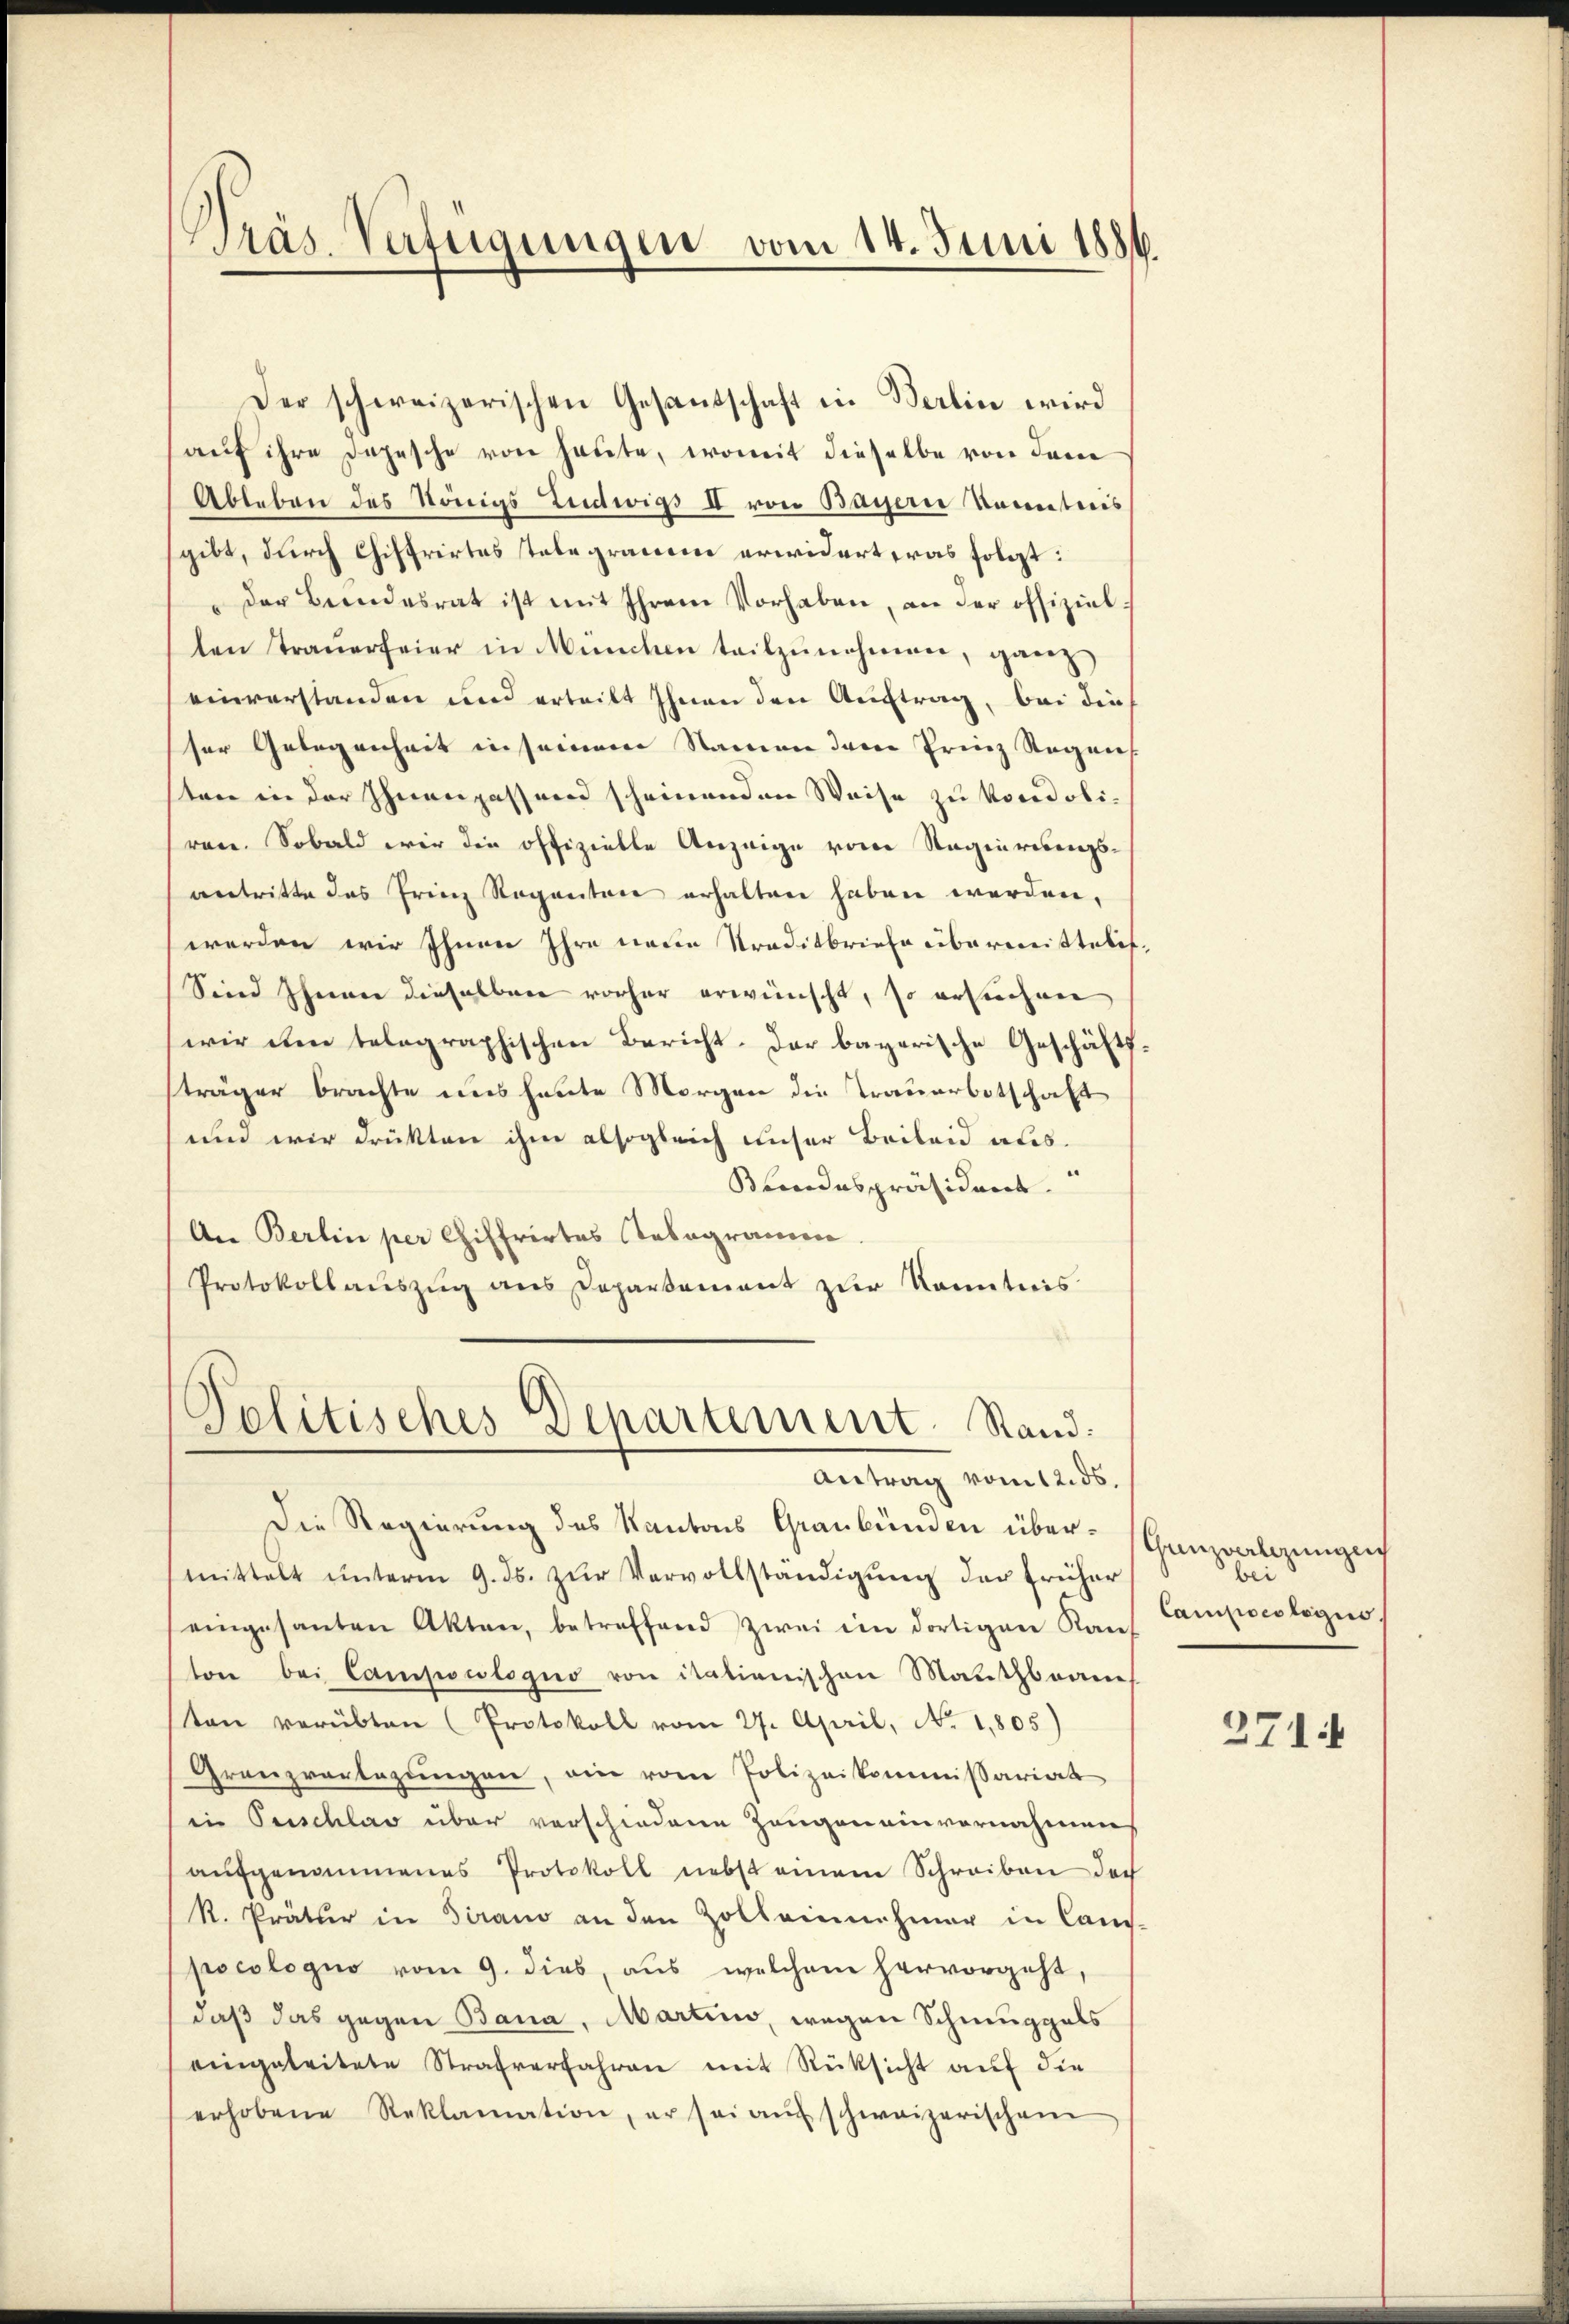
Präs. Verfügungen vom 14. Juni 1886.

Der schweizerischen Gesandschaft in Berlin wird
aŭf ihre Depesche von heute, womit dieselbe von dem
Ableben des Königs Ludwigs II von Bayern kanntnis
gibt, durch Chiffrirtes telegrauem erwidert was folgt:
"der Bundesrat ist mit Ihrem Vorhaben, an der offiziel
ten Trauerfeier in München teilzunehmen, ganz
einverstanden und erteilt ihnen den Auftrag, bei die
ser Gelegenheit in seinem Namen deren Prinz Regen
ten in der Ihnenpassend scheinenden Weise zu vondoliren. Sobald wir die offizielle Anzeige vom Regierungsantritte das Prinz Regenten erhalten haben werden,
werden wir Ihnen Ihre neue Traditbriefe übermittelt,
Sind Ihnen dieselben vorher erwünscht, so ersuchen
wir de telegraphischen Bericht. Der bayerische Geschäftssträger brachte uns heute Morgen die Trauerbotschaft
und wir drükten ihm alsogleich unser Beileid aus.
Bundespräsident.
An Berlin per Chiffrirtes Telegramen
Protokollaŭszŭg ans Departement zŭr Kenntnis

Politisches Departement. Stand:
Antrag vom 12. ds.

Die Regierung des Kantons Graubünden übermittelt ŭnterm 9. ds. zŭr Vervollständigŭng der früher
eingesanten Akten, betreffend zwei im dortigen Kan
ton bei Campocologno von italienischen Mauthbraue
ton verübten (Protokoll vom 27. April, No. 1805)
Granzvertagungen, ein vom Polizeikommissariat
in Peschlag über verschiedene Zeugen einvernahmen
aŭfgenommenes Protokoll nebst einem Schreiben doch
R. Präter in Tirano an den Zolleinnehmer in Can-
pocologus vom 9. dies, aus welchem hervorgeht,
daß das gegen Bana, Martino, wegen Schmuggals
eingeleitete Strafverfahren mit Rücksicht auf die
erhobene Reklamation, er sei aŭf schweizerischem

Gunzverlegungen
bei
Campoeologis

271.